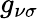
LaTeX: g_{\nu\sigma}